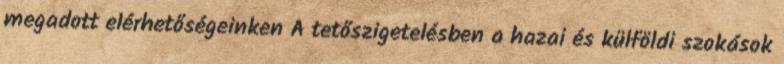
megadott elérhetőségeinken A tetőszigetelésben a hazai és külföldi szokások